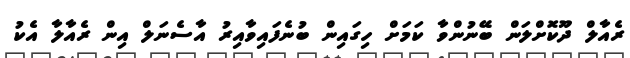
ރެއާލް ދޫކޮށްލަން ބޭނުންވާ ކަމަށް ހިގައިން ބުނެފައިވާއިރު އާސެނަލް އިން ރެއާލާ އެކު